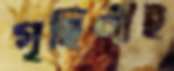
গৃহিণীই